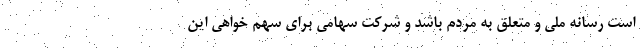
است رسانه ملی و متعلق به مردم باشد و شرکت سهامی برای سهم خواهی این